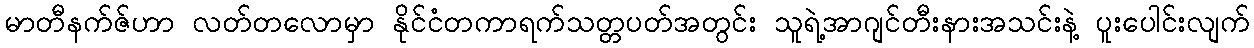
မာတီနက်ဇ်ဟာ လတ်တလောမှာ နိုင်ငံတကာရက်သတ္တပတ်အတွင်း သူရဲ့အာဂျင်တီးနားအသင်းနဲ့ ပူးပေါင်းလျက်